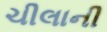
ચીલાની